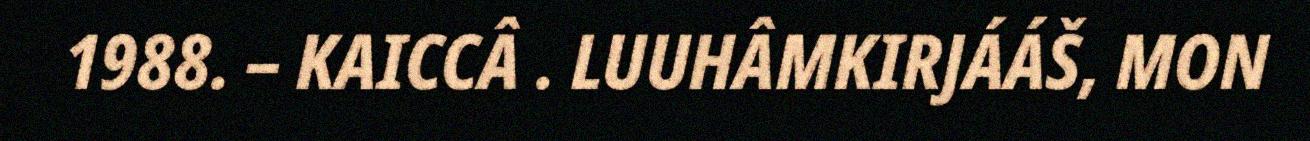
1988. – KAICCÂ . LUUHÂMKIRJÁÁŠ, MON